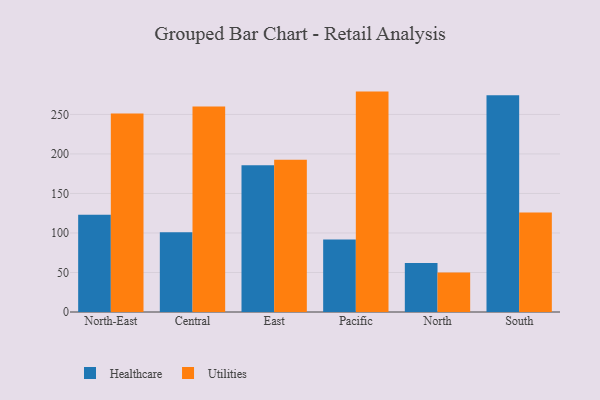
{"axis": {"x": "Region", "y": "Inventory Turnover"}, "legend": ["Healthcare", "Utilities"], "data": [{"x": "North-East", "y": 123.1, "type": "Healthcare"}, {"x": "North-East", "y": 251.2, "type": "Utilities"}, {"x": "Central", "y": 100.8, "type": "Healthcare"}, {"x": "Central", "y": 260.2, "type": "Utilities"}, {"x": "East", "y": 185.8, "type": "Healthcare"}, {"x": "East", "y": 192.7, "type": "Utilities"}, {"x": "Pacific", "y": 91.8, "type": "Healthcare"}, {"x": "Pacific", "y": 278.9, "type": "Utilities"}, {"x": "North", "y": 62.1, "type": "Healthcare"}, {"x": "North", "y": 50.1, "type": "Utilities"}, {"x": "South", "y": 274.2, "type": "Healthcare"}, {"x": "South", "y": 125.8, "type": "Utilities"}]}